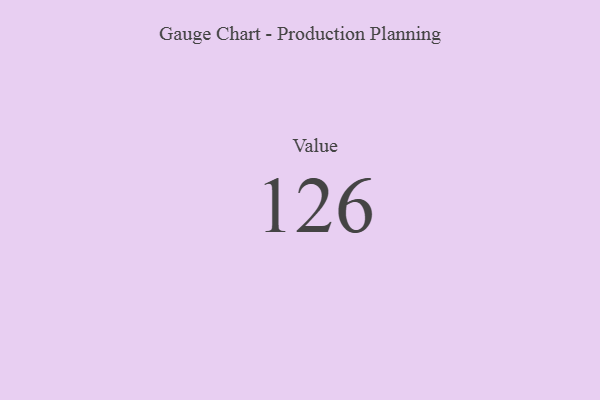
{"axis": {"x": "Metric", "y": "Value"}, "legend": [""], "data": [{"x": "Value", "y": 126, "type": ""}]}